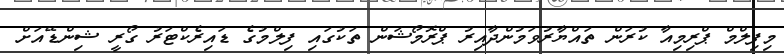
މިފިލްމް ޕްރިމިއާ ކުރަން ތައްޔާރުވަމުންދާއިރު ޕްރޮމޯޝަން ތަކުގައި ފިލްމުގެ ޑައިރެކްޓަރު ގޯރީ ޝިންޑޭއަށް